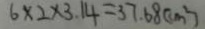
6 \times 2 \times 3 . 1 4 = 3 7 . 6 8 ( c m ^ { 2 } )